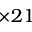
\times 2 1